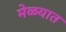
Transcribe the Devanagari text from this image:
मेळयात